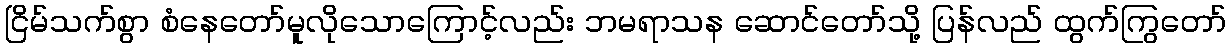
ငြိမ်သက်စွာ စံနေတော်မူလိုသောကြောင့်လည်း ဘမရာသန ဆောင်တော်သို့ ပြန်လည် ထွက်ကြွတော်